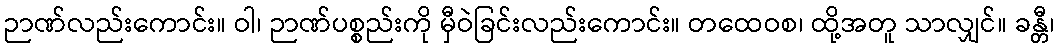
ဉာဏ်လည်းကောင်း။ ဝါ၊ ဉာဏ်ပစ္စည်းကို မှီဝဲခြင်းလည်းကောင်း။ တထေဝစ၊ ထို့အတူ သာလျှင်။ ခန္တီ၊